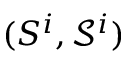
( S ^ { i } , { \mathcal { S } } ^ { i } )